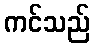
ကင်သည်